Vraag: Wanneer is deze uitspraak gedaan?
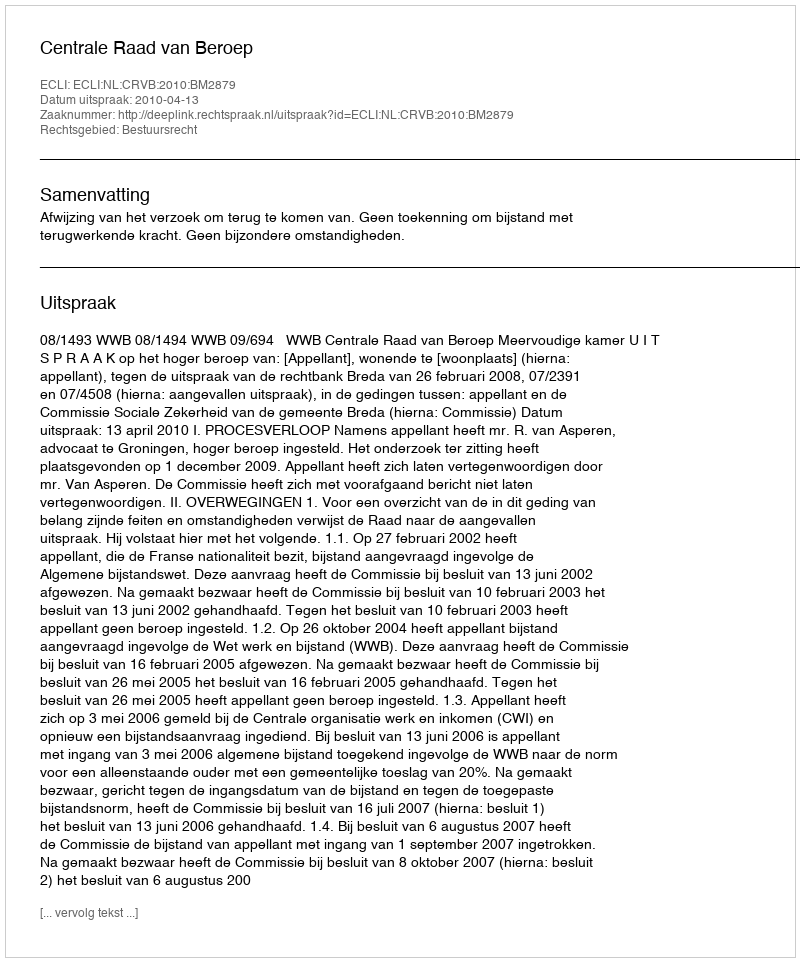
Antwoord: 2010-04-13